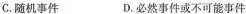
C.随机事件 D.必然事件或不可能事件